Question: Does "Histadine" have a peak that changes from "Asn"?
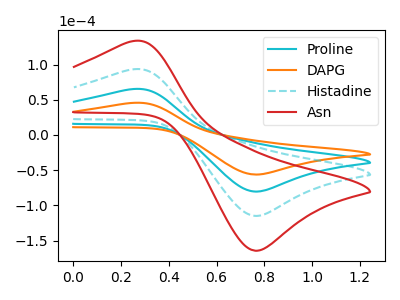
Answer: <think>The cyan curve "Proline" has an anodic peak at (0.25V, 65.15uA) and a cathodic peak at (0.75V, -80.40uA). The orange curve "DAPG" has an anodic peak at (0.25V, 45.55uA) and a cathodic peak at (0.75V, -56.20uA). The cyan dashed curve "Histadine" has an anodic peak at (0.25V, 130.35uA) and a cathodic peak at (0.75V, -160.75uA). The red curve "Asn" has an anodic peak at (0.25V, 195.50uA) and a cathodic peak at (0.75V, -241.15uA).
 All the peaks in "Histadine" have a peak in "Asn" at the same potential. Every peak in "Histadine" is lower than every peak in "Asn".</think>
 <answer>No, "Histadine" and "Asn" don't appear to be significantly different in shape</answer>
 <eval>no_change</eval>